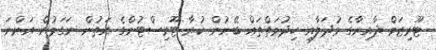
ޓޫރިޒަމް ދާއިރާގެ މުދަލާއި ހިދުމަތްތައް ބޭނުން ކުރާ ޓޫރިސްޓުންގެ އަތުން ނަގަމުން އަންނަ